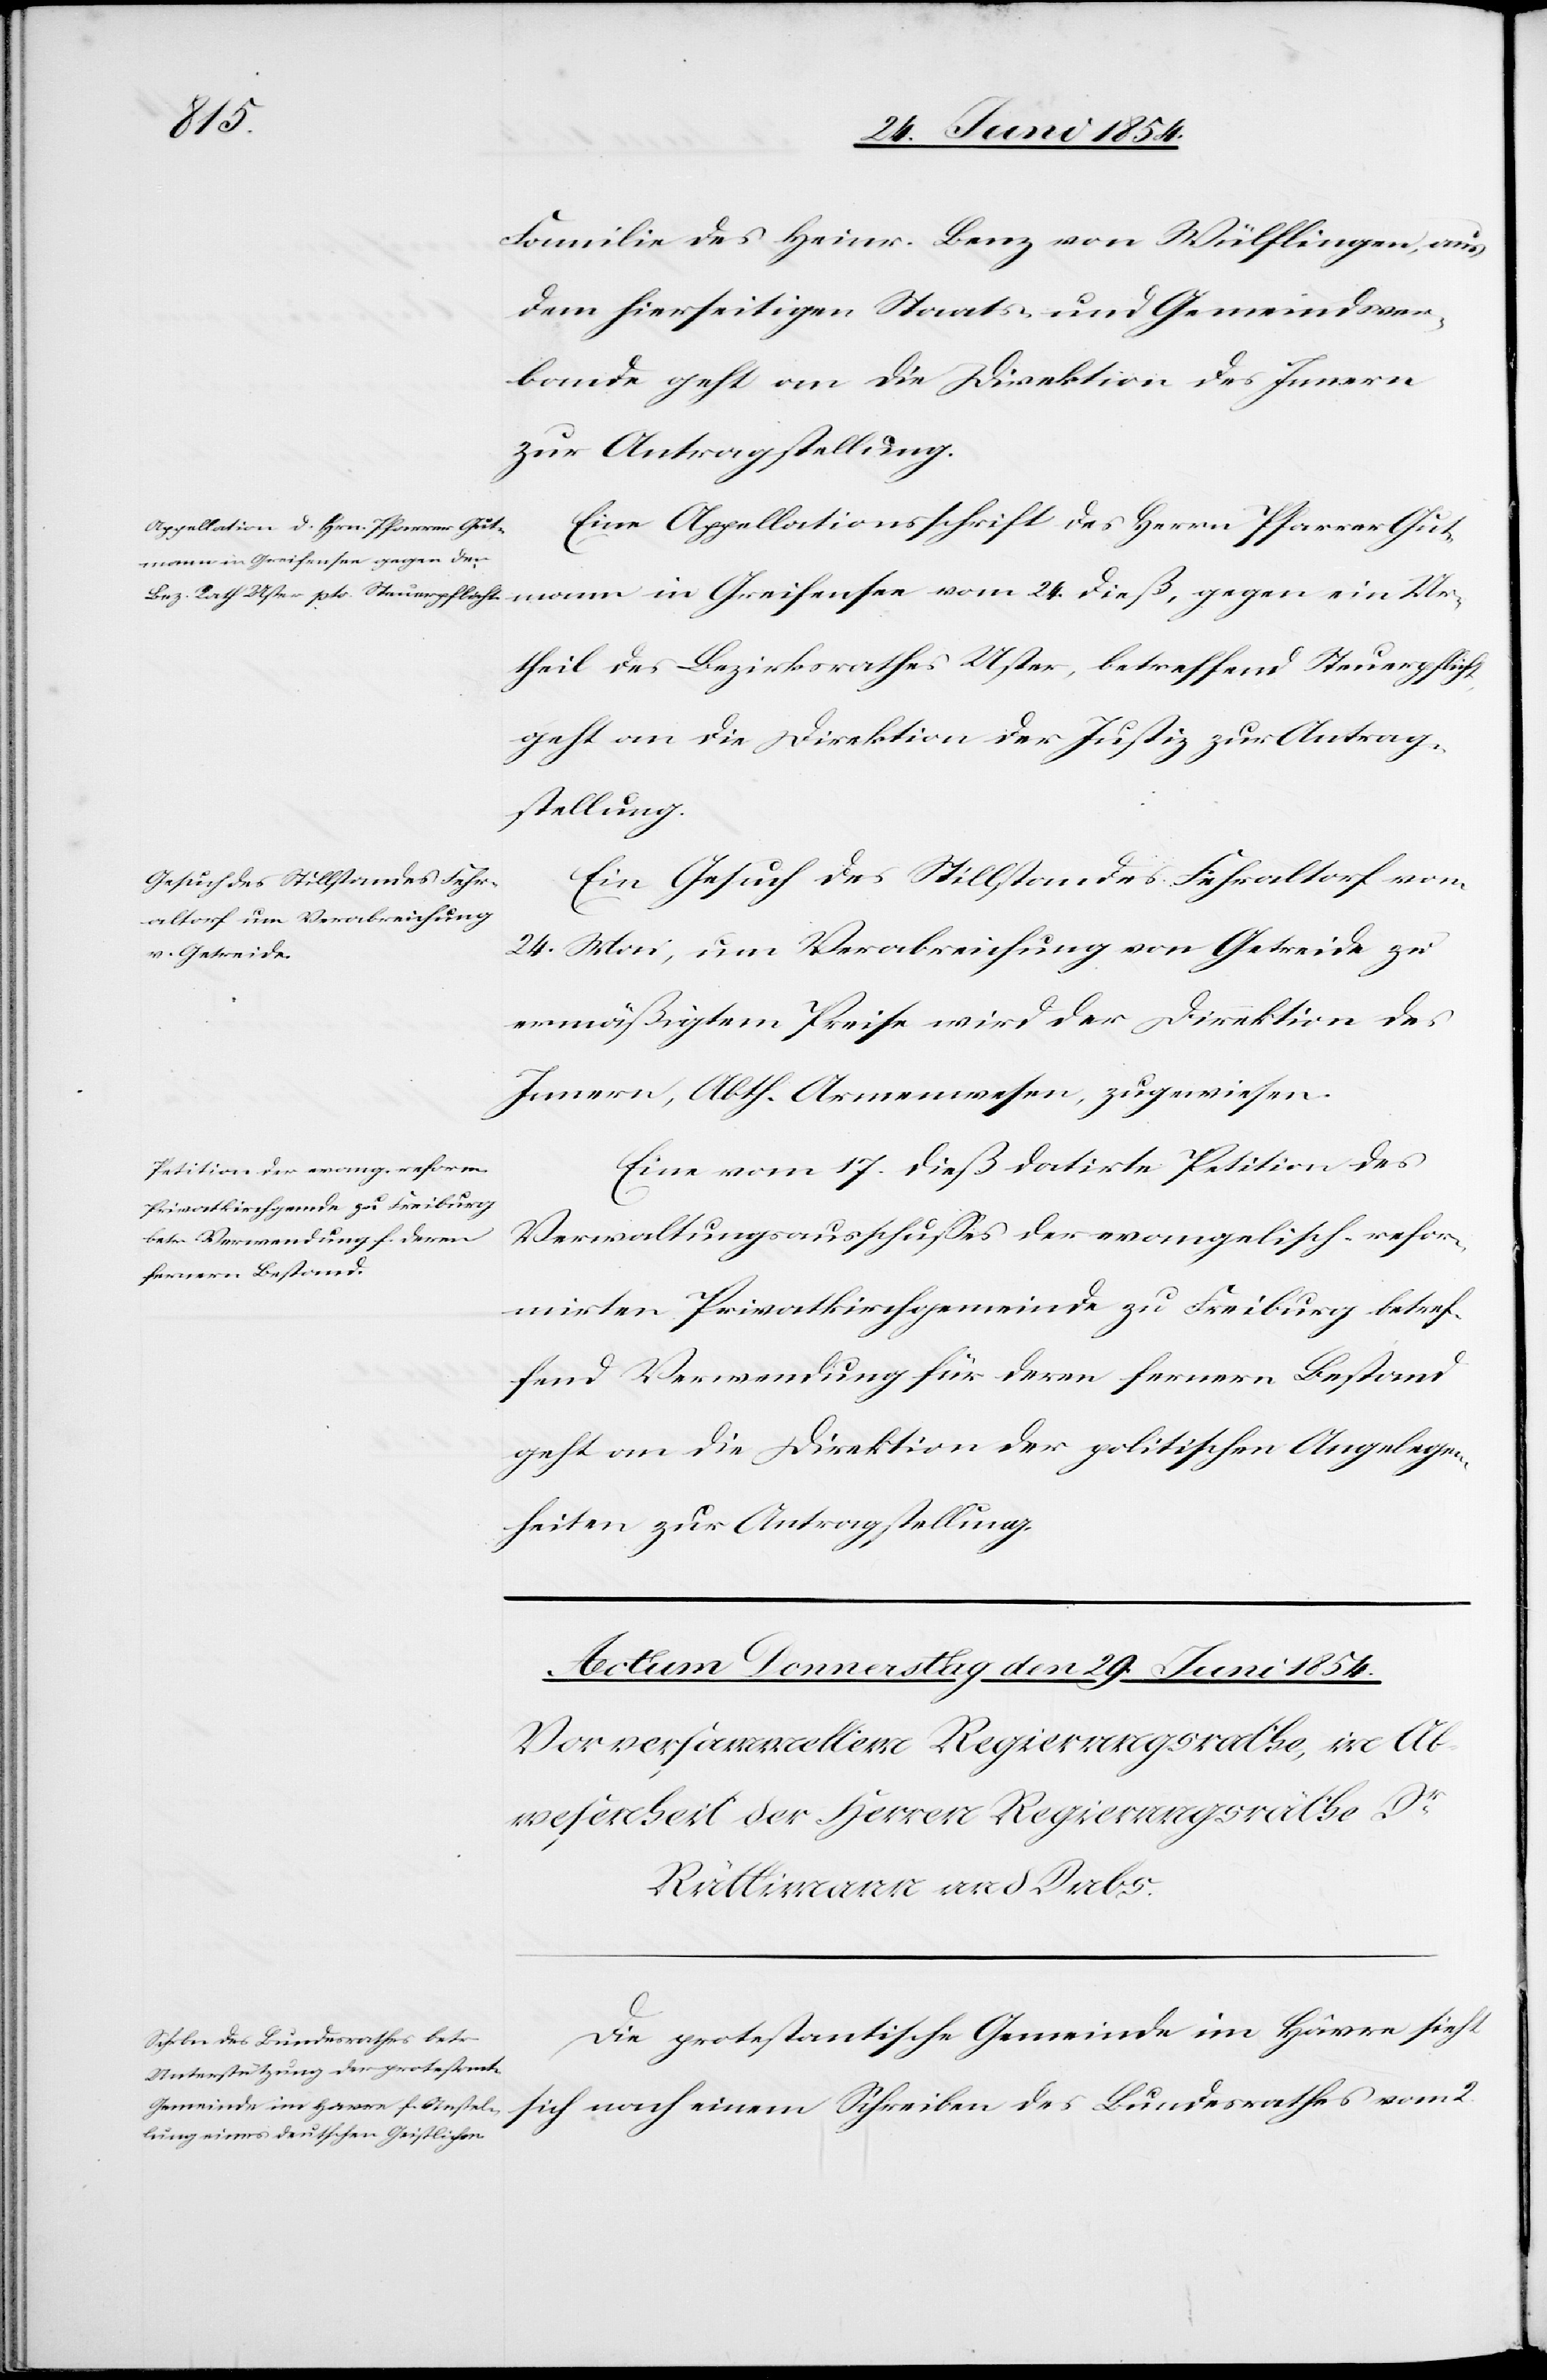
mann
26. Juni 1854.]
Familie des Heinr. Benz von Wülflingen, aus
dem hierseitigen Staats- und Gemeindsver¬
bande geht an die Direktion des Innern
zur Antragstellung.
Eine Appellationsschrift des Herrn Pfarrer Gut¬
Urtheil des Bezirksrathes Uster, betreffend Steuerpflicht
geht an die Direktion der Justiz zur Antrag¬
stellung.
Ein Gesuch des Stillstandes Fehraltorf vom
24. Mai, um Verabreichung von Getreide zu
ermäßigtem Preise wird der Direktion des
Innern, Abth. Armenwesen, zugewiesen.
Eine vom 17. dieß datirte Petition des
Verwaltungsausschußes der evangelisch-refor¬
mirten Privatkirchgemeinde zu Freiburg betref¬
fend Verwendung für deren fernern Bestand
geht an die Direktion der politischen Angelegen¬
heiten zur Antragstellung.
Die protestantische Gemeinde in Hâvre sieht
Schreiben des Bundesrathes vom
2.